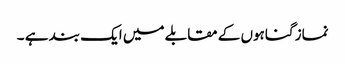
نماز گناہوں کے مقابلے میں ایک بند ہے ۔